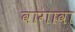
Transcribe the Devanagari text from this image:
वागावा